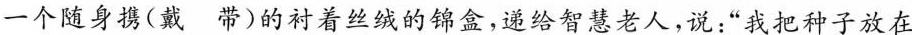
一个随身携(戴 带)的衬着丝绒的锦盒，递给智慧老人，说：“我把种子放在